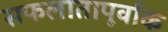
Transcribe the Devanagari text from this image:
सफलातापूर्वाक